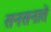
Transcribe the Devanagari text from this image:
सनसनाते